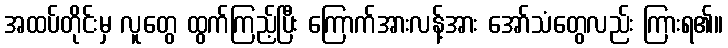
အထပ်တိုင်းမှ လူတွေ ထွက်ကြည့်ပြီး ကြောက်အားလန့်အား အော်သံတွေလည်း ကြားရ၏။